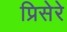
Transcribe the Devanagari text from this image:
प्रिसेरे